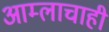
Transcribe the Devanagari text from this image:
आम्लाचाही